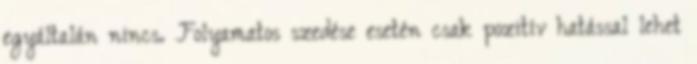
egyáltalán nincs. Folyamatos szedése esetén csak pozitív hatással lehet